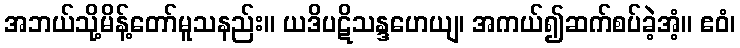
အဘယ်သို့မိန့်တော်မူသနည်း။ ယဒိပဋိသန္ဒဟေယျ၊ အကယ်၍ဆက်စပ်ခဲ့အံ့။ ဧဝံ၊